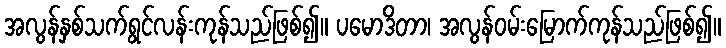
အလွန်နှစ်သက်ရွင်လန်းကုန်သည်ဖြစ်၍။ ပမောဒိတာ၊ အလွန်ဝမ်းမြောက်ကုန်သည်ဖြစ်၍။